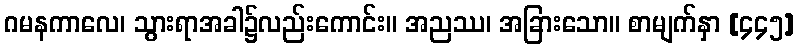
ဂမနကာလေ၊ သွားရာအခါ၌လည်းကောင်း။ အညဿ၊ အခြားသော။ စာမျက်နှာ [၄၄၅]